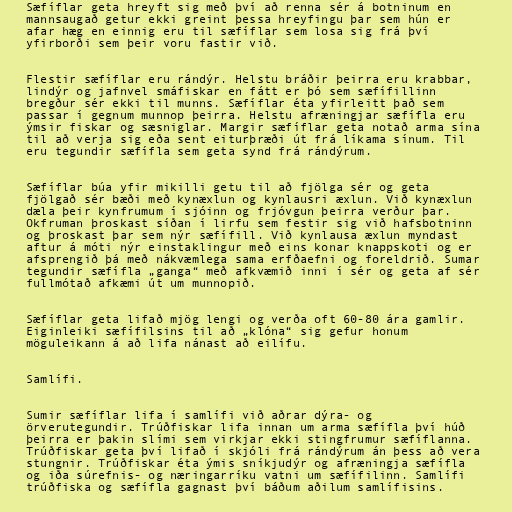
Sæfíflar geta hreyft sig með því að renna sér á botninum en
mannsaugað getur ekki greint þessa hreyfingu þar sem hún er
afar hæg en einnig eru til sæfíflar sem losa sig frá því
yfirborði sem þeir voru fastir við.

Flestir sæfíflar eru rándýr. Helstu bráðir þeirra eru krabbar,
lindýr og jafnvel smáfiskar en fátt er þó sem sæfífillinn
bregður sér ekki til munns. Sæfíflar éta yfirleitt það sem
passar í gegnum munnop þeirra. Helstu afræningjar sæfífla eru
ýmsir fiskar og sæsniglar. Margir sæfíflar geta notað arma sína
til að verja sig eða sent eiturþræði út frá líkama sínum. Til
eru tegundir sæfífla sem geta synd frá rándýrum.

Sæfíflar búa yfir mikilli getu til að fjölga sér og geta
fjölgað sér bæði með kynæxlun og kynlausri æxlun. Við kynæxlun
dæla þeir kynfrumum í sjóinn og frjóvgun þeirra verður þar.
Okfruman þroskast síðan í lirfu sem festir sig við hafsbotninn
og þroskast þar sem nýr sæfífill. Við kynlausa æxlun myndast
aftur á móti nýr einstaklingur með eins konar knappskoti og er
afsprengið þá með nákvæmlega sama erfðaefni og foreldrið. Sumar
tegundir sæfífla „ganga“ með afkvæmið inni í sér og geta af sér
fullmótað afkæmi út um munnopið.

Sæfíflar geta lifað mjög lengi og verða oft 60-80 ára gamlir.
Eiginleiki sæfífilsins til að „klóna“ sig gefur honum
möguleikann á að lifa nánast að eilífu.

Samlífi.

Sumir sæfíflar lifa í samlífi við aðrar dýra- og
örverutegundir. Trúðfiskar lifa innan um arma sæfífla því húð
þeirra er þakin slími sem virkjar ekki stingfrumur sæfíflanna.
Trúðfiskar geta því lifað í skjóli frá rándýrum án þess að vera
stungnir. Trúðfiskar éta ýmis sníkjudýr og afræningja sæfífla
og iða súrefnis- og næringarríku vatni um sæfífilinn. Samlífi
trúðfiska og sæfífla gagnast því báðum aðilum samlífisins.